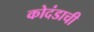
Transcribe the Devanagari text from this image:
कोदंडाची